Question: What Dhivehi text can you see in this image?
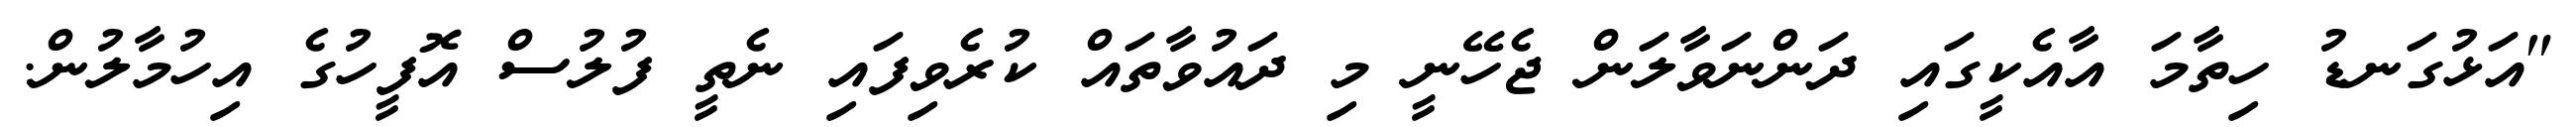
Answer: "އަޅުގަނޑު ހިތާމަ އާއެކީގައި ދަންނަވާލަން ޖެހޭނީ މި ދައުވާތައް ކުރެވިފައި ނެތީ ފުލުސް އޮފީހުގެ އިހުމާލުން.